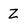
Character: Z